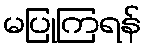
မပြုကြရန်